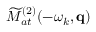
\widetilde { \cal M } _ { a t } ^ { ( 2 ) } ( - \omega _ { k } , \mathbf { q } )